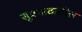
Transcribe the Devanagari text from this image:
सूत्रपाठातील